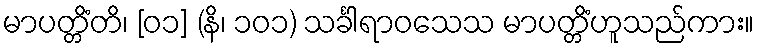
မာပတ္တိံတိ၊ [၀၁] (နိ၊ ၁၀၁) သင်္ခါရာဝသေသ မာပတ္တိံဟူသည်ကား။